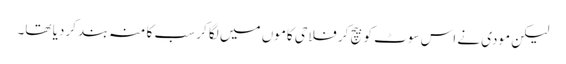
لیکن مودی نے اس سوٹ کو بیچ کر فلاحی کاموں میں لگا کر سب کا منہ بند کردیا تھا۔